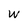
Character: W